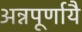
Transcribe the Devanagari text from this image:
अन्नपूर्णायै